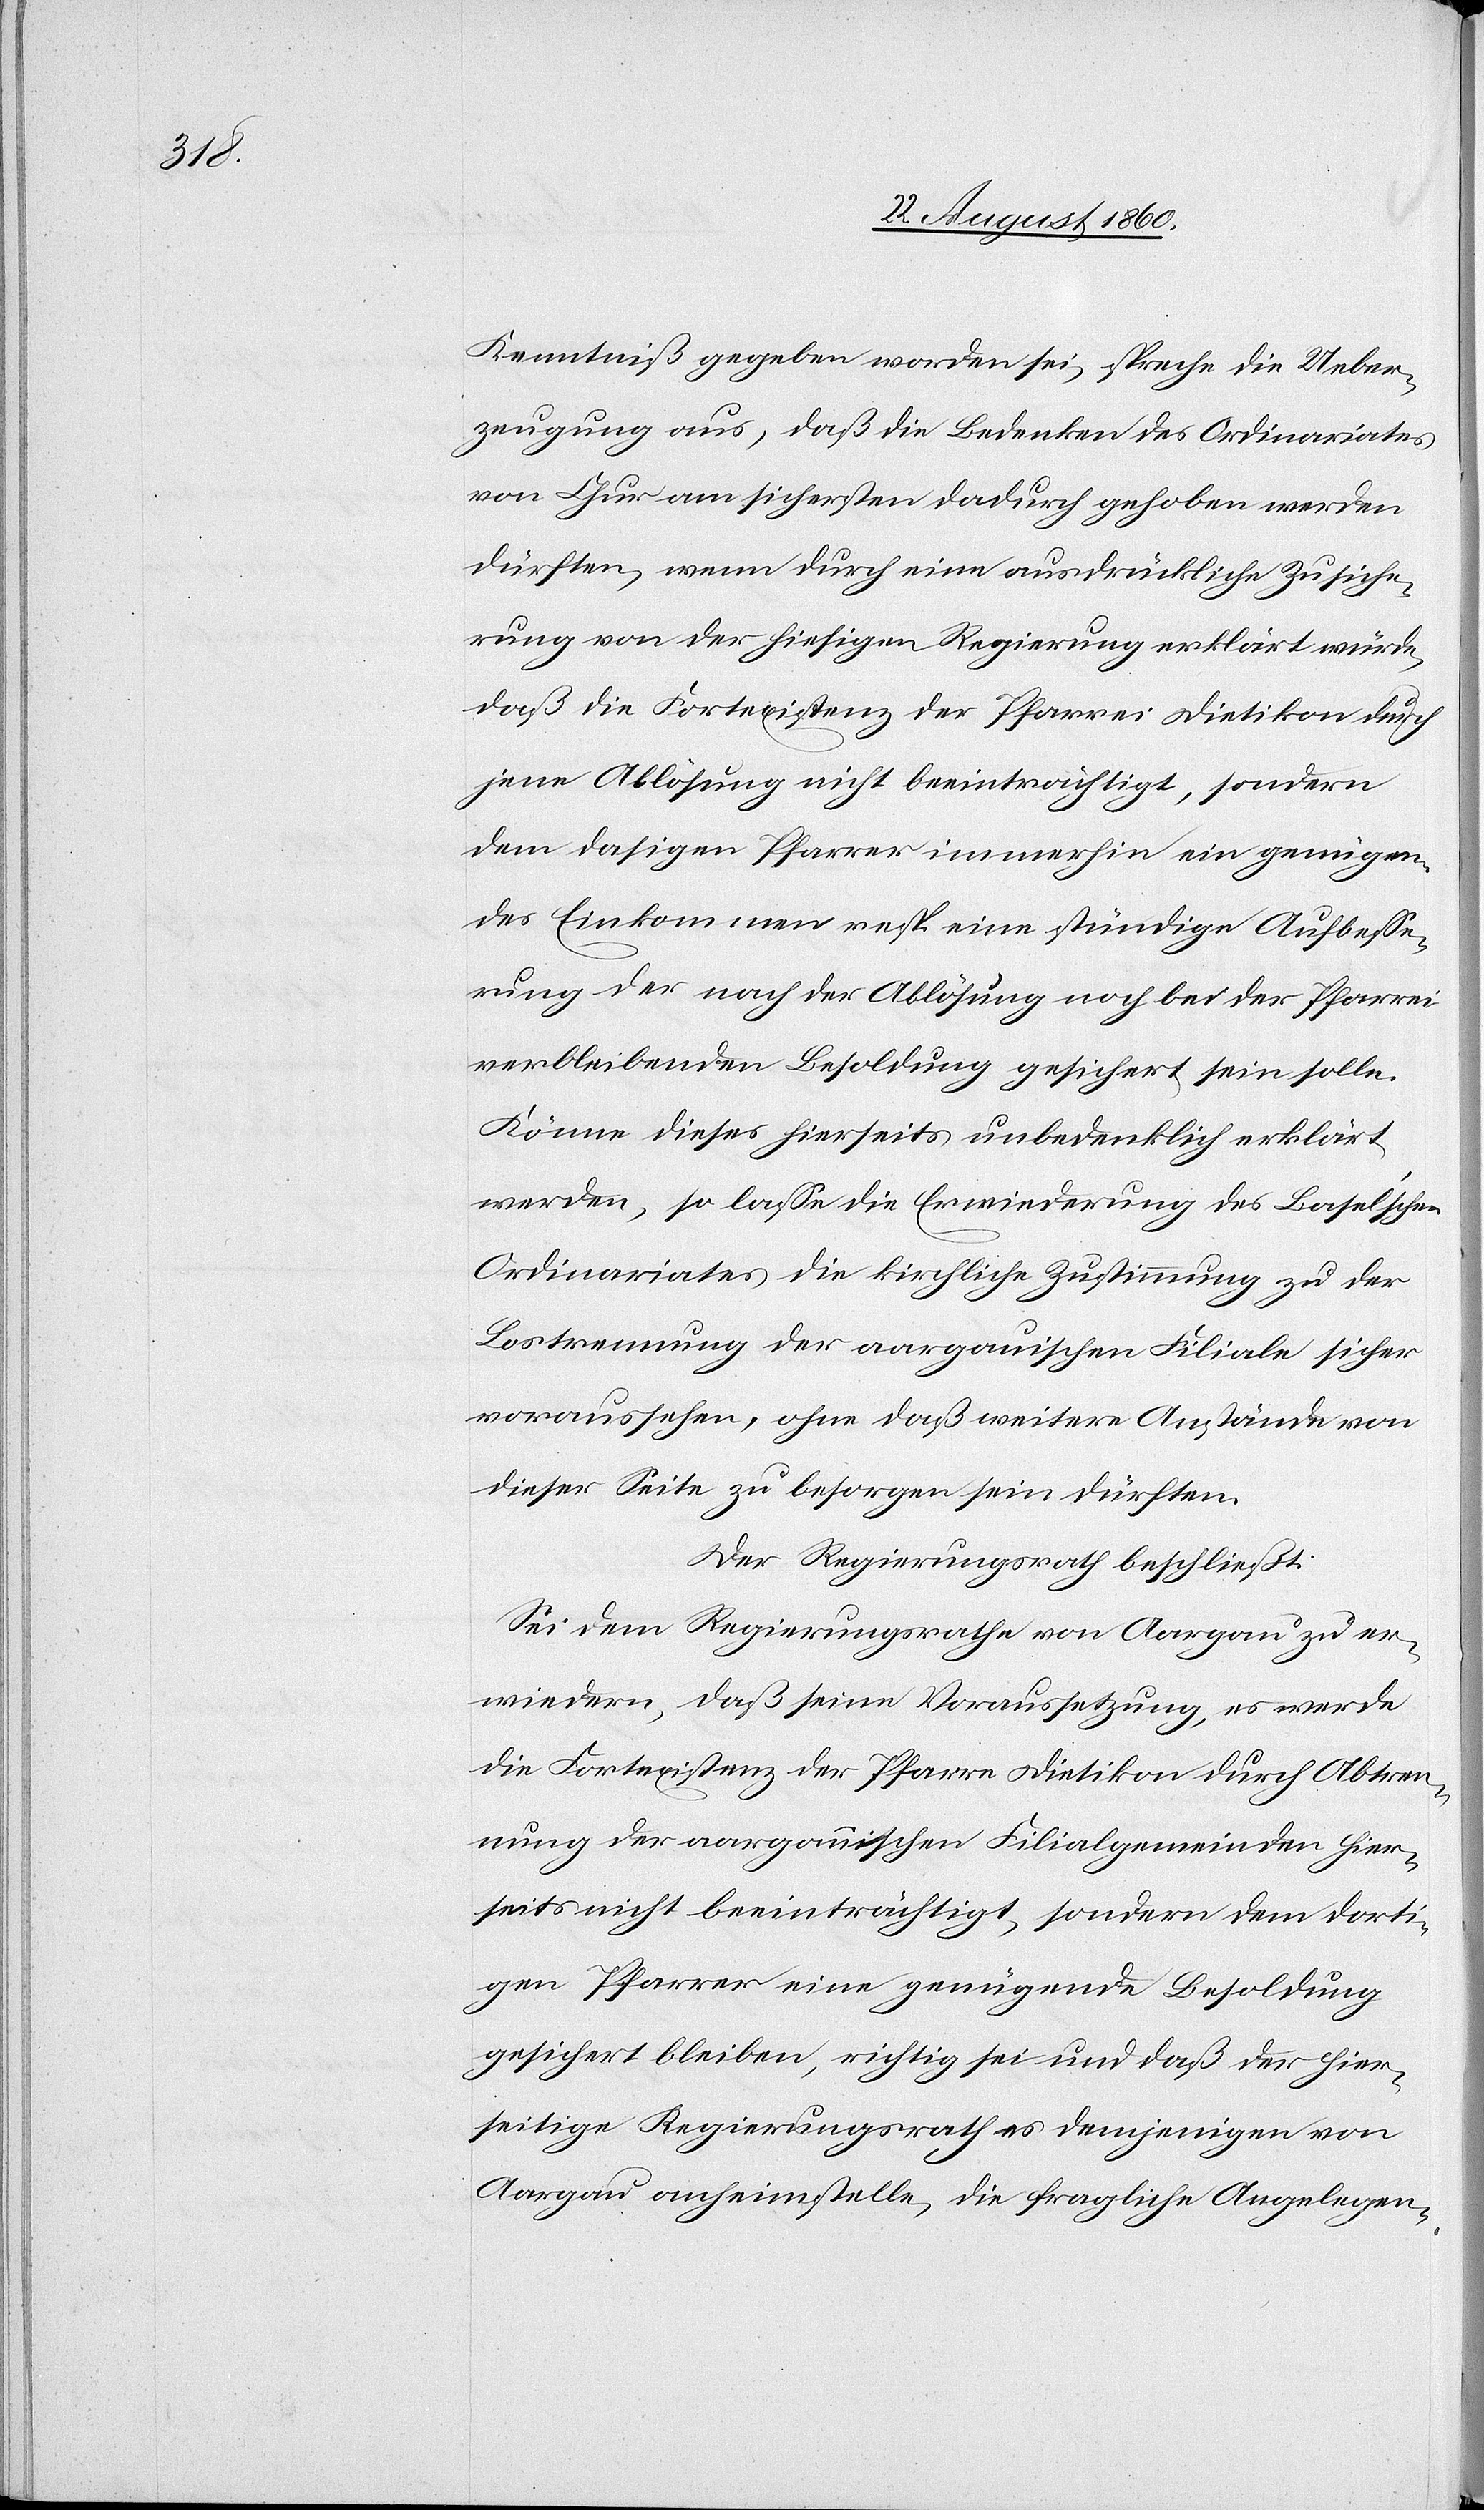
Kenntniss gegeben worden sei, spreche die Ueber¬
zeugung aus, dass die Bedenken des Ordinariates
von Chur am sichersten dadurch gehoben werden
dürften, wenn durch eine ausdrücklich Zusiche¬
rung von der hiesigen Regierung erklärt wurde,
dass die Fortexistenz der Pfarrei Dietikon, durch
jene Ablösung nicht beeinträchtigt, sondern
dem dasigen Pfarrer immerhin ein genügen¬
des Einkommen resp. eine ständige Aufbesse¬
rung der nach der Ablösung noch bei der Pfarrei
verbleibenden Besoldung gesichert sein solle.
Könne dieses hierseits unbedenklich erklärt,
werden, so lasse die Erwiederung des Basel’schen
Ordinariates die kirchliche Zustimmung zu der
Lostrennung der aargauischen Filiale sicher
voraussehen, ohne dass weitere Anstände von
dieser Seite zu besorgen sein dürften.
Der Regierungsrath beschliesst:
Sei dem Regierungsrathe von Aargau zu er¬
wiedern, dass seine Voraussetzung, es werde
die Fortexistenz der Pfarre Dietikon durch Abtren¬
nung der aargauischen Filialgemeinden hier¬
seits nicht beeinträchtigt, sondern dem dorti¬
gen Pfarrer eine genügende Besoldung
gesichert bleiben, richtig sei und dass der hier¬
seitige Regierungsrath es demjenigen von
Aargau anheimstelle, die fragliche Angelegen-